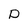
Character: p